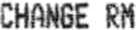
CHANGE RM